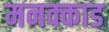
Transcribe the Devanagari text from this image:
मनक्काड